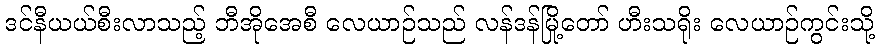
ဒင်နီယယ်စီးလာသည့် ဘီအိုအေစီ လေယာဉ်သည် လန်ဒန်မြို့တော် ဟီးသရိုး လေယာဉ်ကွင်းသို့